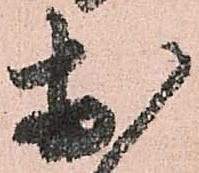
於